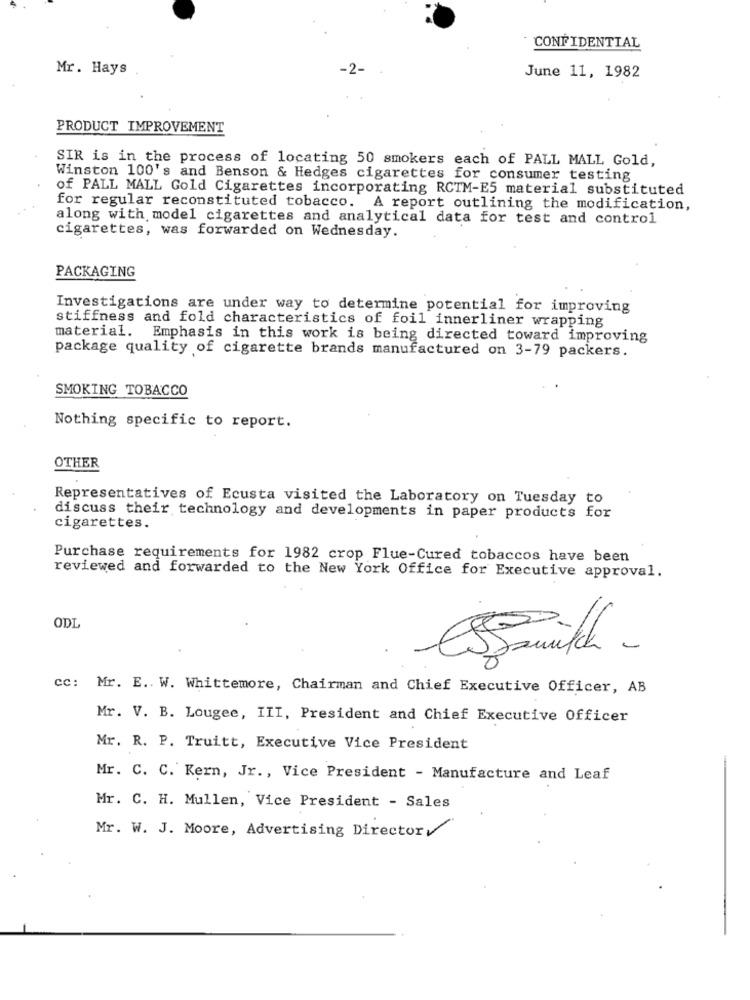
CONFIDENTIAL
Mr. Hays
June 11, 1982
PRODUCT IMPROVEMENT
SIR is in the process of locating 50 smokers each of PALL MALL Gold,
Winston 100's and Benson & Hedges cigarettes for consumer testing
of PALL MALL Gold Cigarettes incorporating RCTM-E5 material substituted
for regular reconstituted tobacco. A report outlining the modification,
along with model cigarettes and analytical data for test and control
cigarettes, was forwarded on Wednesday.
PACKAGING
Investigations are under way to determine potential for improving
stiffness and fold characteristics of foil innerliner wrapping
material. Emphasis in this work is being directed toward improving
package quality of cigarette brands manufactured on 3-79 packers.
SMOKING TOBACCO
Nothing specific to report.
OTHER
Representatives of Ecusta visited the Laboratory on Tuesday to
discuss their technology and developments in paper products for
cigarettes.
Purchase requirements for 1982 crop Flue-Cured tobaccos have been
reviewed and forwarded to the New York Office for Executive approval.
ODL
Struikch -
cc: Mr. E. W. Whittemore, Chairman and Chief Executive Officer, AB
Mr. V. B. Lougee, III, President and Chief Executive Officer
Mr. R. P. Truitt, Executive Vice President
Mr. C. C. Kern, Jr ., Vice President - Manufacture and Leaf
Mr. C. H. Mullen, Vice President - Sales
Mr. W. J. Moore, Advertising Director